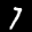
Label: 7